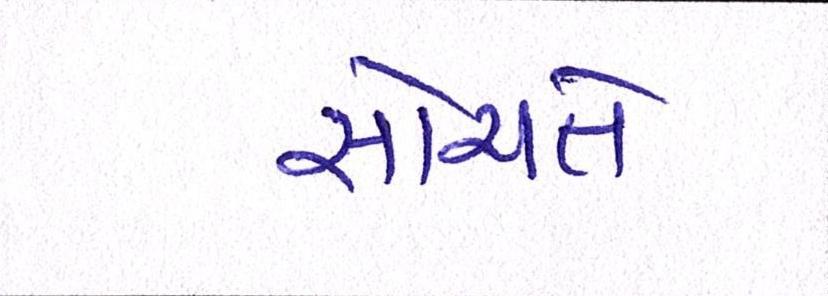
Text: સોચતે